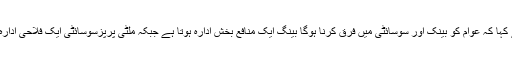
انہوں نے کہا کہ عوام کو بینک اور سوسائٹی میں فرق کرنا ہوگا بینگ ایک منافع بخش ادارہ ہوتا ہے جبکہ ملٹی پرپزسوسائٹی ایک فلاحی ادارہ ہوتاہے ۔